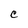
Character: C